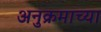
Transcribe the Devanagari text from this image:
अनुक्रमाच्या